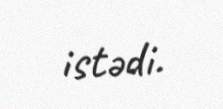
istədi.